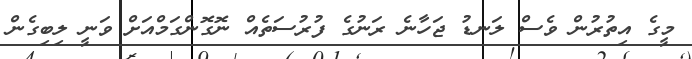
މީގެ އިތުރުން ވެސް ލަނޑު ޖަހާނެ ރަނުގެ ފުރުސަތެއް ނޮގޮންގަމްއަށް ވަނީ ލިބިގެން